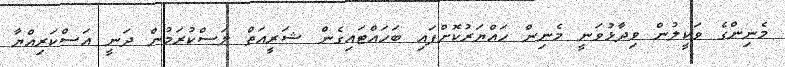
މެނިންގެ ވަކީލުން ވިދާޅުވަނީ މެނިން ހައްޔަރުކޮށްފައި ބަހައްޓައިގެން ޝަރީއަތް ލަސްކުރަމުން ދަނީ އަސްކަރިއްޔާ